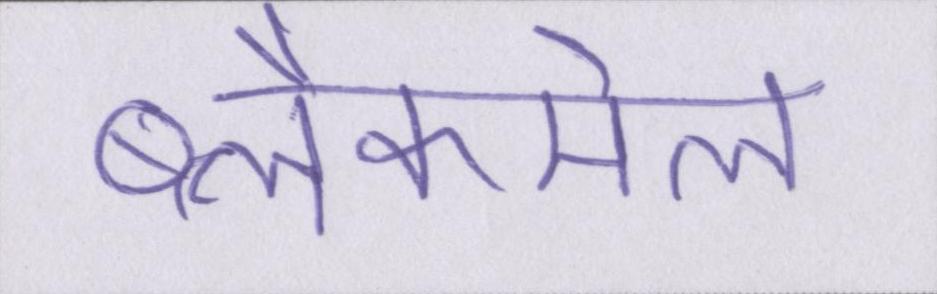
ब्लैकमेल